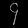
Digit: ၄